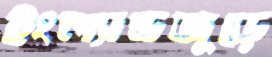
ইংল্যান্ডজুড়ে